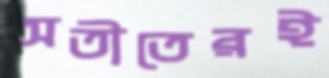
অতীতেরই